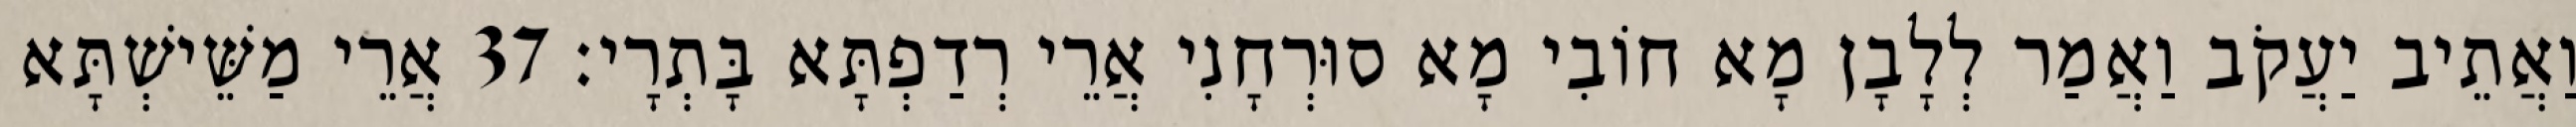
וַאֲתֵיב יַעֲקֹב וַאֲמַר לְלָבָן מָא חוֹבִי מָא סוּרְחָנִי אֲרֵי רְדַפְתָּא בָּתְרָי׃ 37 אֲרֵי מַשֵּׁישְׁתָּא